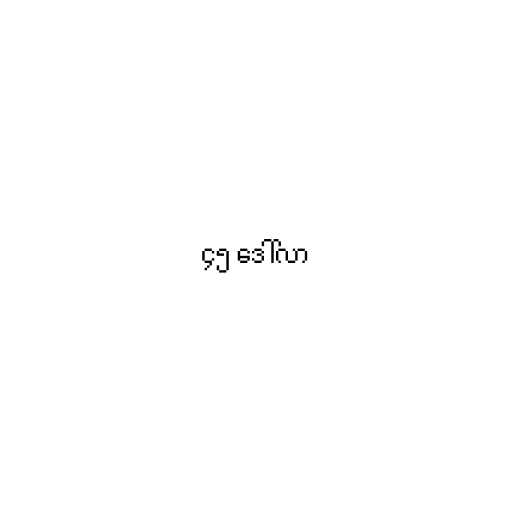
၄၅ ဒေါ်လာ